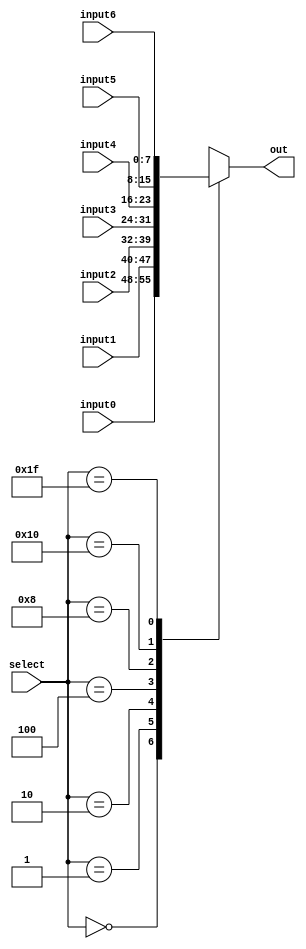
module mux(out, select, input0, input1, input2, input3, input4, input5, input6);
  input[7:0] input0, input1, input2, input3, input4, input5, input6;
  input [4:0] select;
  output [7:0] out;

  reg [7:0] out;

  always @ (input0 or input1 or input2 or input3 or input4 or input5 or input6 or select) 

  begin
    case(select)
      5'b00000 : out = input0; 

      5'b00001 : out = input1; 

      5'b00010 : out = input2; 

      5'b00100 : out = input3; 

      5'b01000 : out = input4; 

      5'b10000 : out = input5; 

      5'b11111 : out = input6; //this is error mode

      default : out = 8'bx;

    endcase
  end
endmodule



module testbench;

  reg [4:0] select;

  reg [7:0] input0;

  reg [7:0] input1;

  reg [7:0] input2;

  reg [7:0] input3;

  reg [7:0] input4;

  reg [7:0] input5;

  reg [7:0] input6;

  wire[7:0] out;


  mux test1(
  .out(out), 
  .select(select), 
  .input0(input0), 
  .input1(input1), 
  .input2(input2), 
  .input3(input3), 
  .input4(input4), 
  .input5(input5), 
  .input6(input6));


  initial begin
    #100
    select = 5'b01000;    //JUST CHANGE THE SELECT INPUT TO TEST WITH DIFFERENT OUTPUTS
    input0 = 8'b00000001;
    input1 = 8'b00000010;
    input2 = 8'b00000100;
    input3 = 8'b00001000;
    input4 = 8'b00010000;
    input5 = 8'b00100000;
    input6 = 8'b01000000;

    $display("=====================================");
    #50;
    $display(out);

  end
endmodule